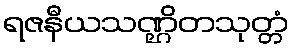
ရဇနီယသဏ္ဌိတသုတ္တံ